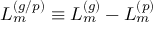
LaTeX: L _ { m } ^ { ( g / p ) } \equiv L _ { m } ^ { ( g ) } - L _ { m } ^ { ( p ) }